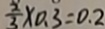
\frac { 2 } { 3 } \times 0 . 3 = 0 . 2